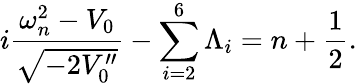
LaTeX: i\frac{\omega_{n}^{2}-V_{0}}{\sqrt{-2V_{0}^{\prime\prime}}}-\sum_{i=2}^{6}\Lambda_{i}=n+\frac{1}{2}.